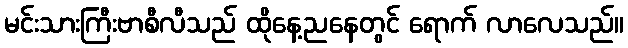
မင်းသားကြီးဗာစီလီသည် ထိုနေ့ညနေတွင် ရောက် လာလေသည်။